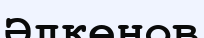
Әлкенов